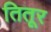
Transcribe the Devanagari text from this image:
तितूर